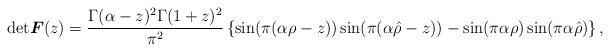
LaTeX: \begin{align*}{\rm det}\boldsymbol{F}(z) =\frac{\Gamma(\alpha-z)^2\Gamma(1+z)^2}{\pi^2}\left\{ \sin(\pi(\alpha\rho- z))\sin(\pi(\alpha\hat\rho- z)) - \sin(\pi \alpha \rho) \sin(\pi\alpha\hat\rho)\right\},\end{align*}